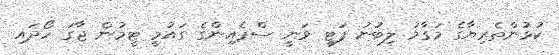
ކުޅުންތެރިޔާގެ މަގާމު ލިބުނު ފަޓީ ވަނީ ސްޕެއިންގެ ގައުމީ ޓީމުން ޖާގަ ހޯދައި